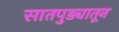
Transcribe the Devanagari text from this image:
सातपुड्यातून